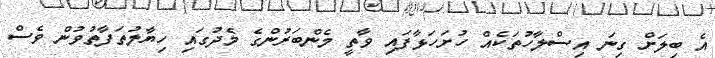
އެ ބިލަށް ގިނަ އިސްލާހުތަކެއް ހުށަހަޅާފައި ވާތީ މެންބަރުންގެ މެދުގައި ހިޔާލުތަފާތުވުން ވެސް